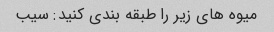
میوه های زیر را طبقه بندی کنید: سیب